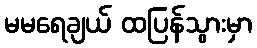
မမရေချယ် ထပြန်သွားမှာ